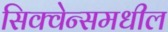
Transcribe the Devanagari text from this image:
सिक्वेन्समधील